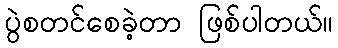
ပွဲစတင်စေခဲ့တာ ဖြစ်ပါတယ်။